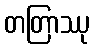
တတြာဿု